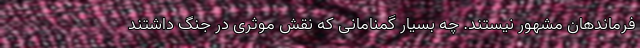
فرماند‌هان مشهور نیستند. چه بسیار گمنامانی که نقش موثری در جنگ داشتند